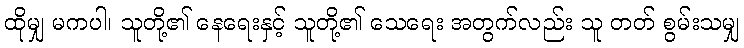
ထိုမျှ မကပါ၊ သူတို့၏ နေရေးနှင့် သူတို့၏ သေရေး အတွက်လည်း သူ တတ် စွမ်းသမျှ